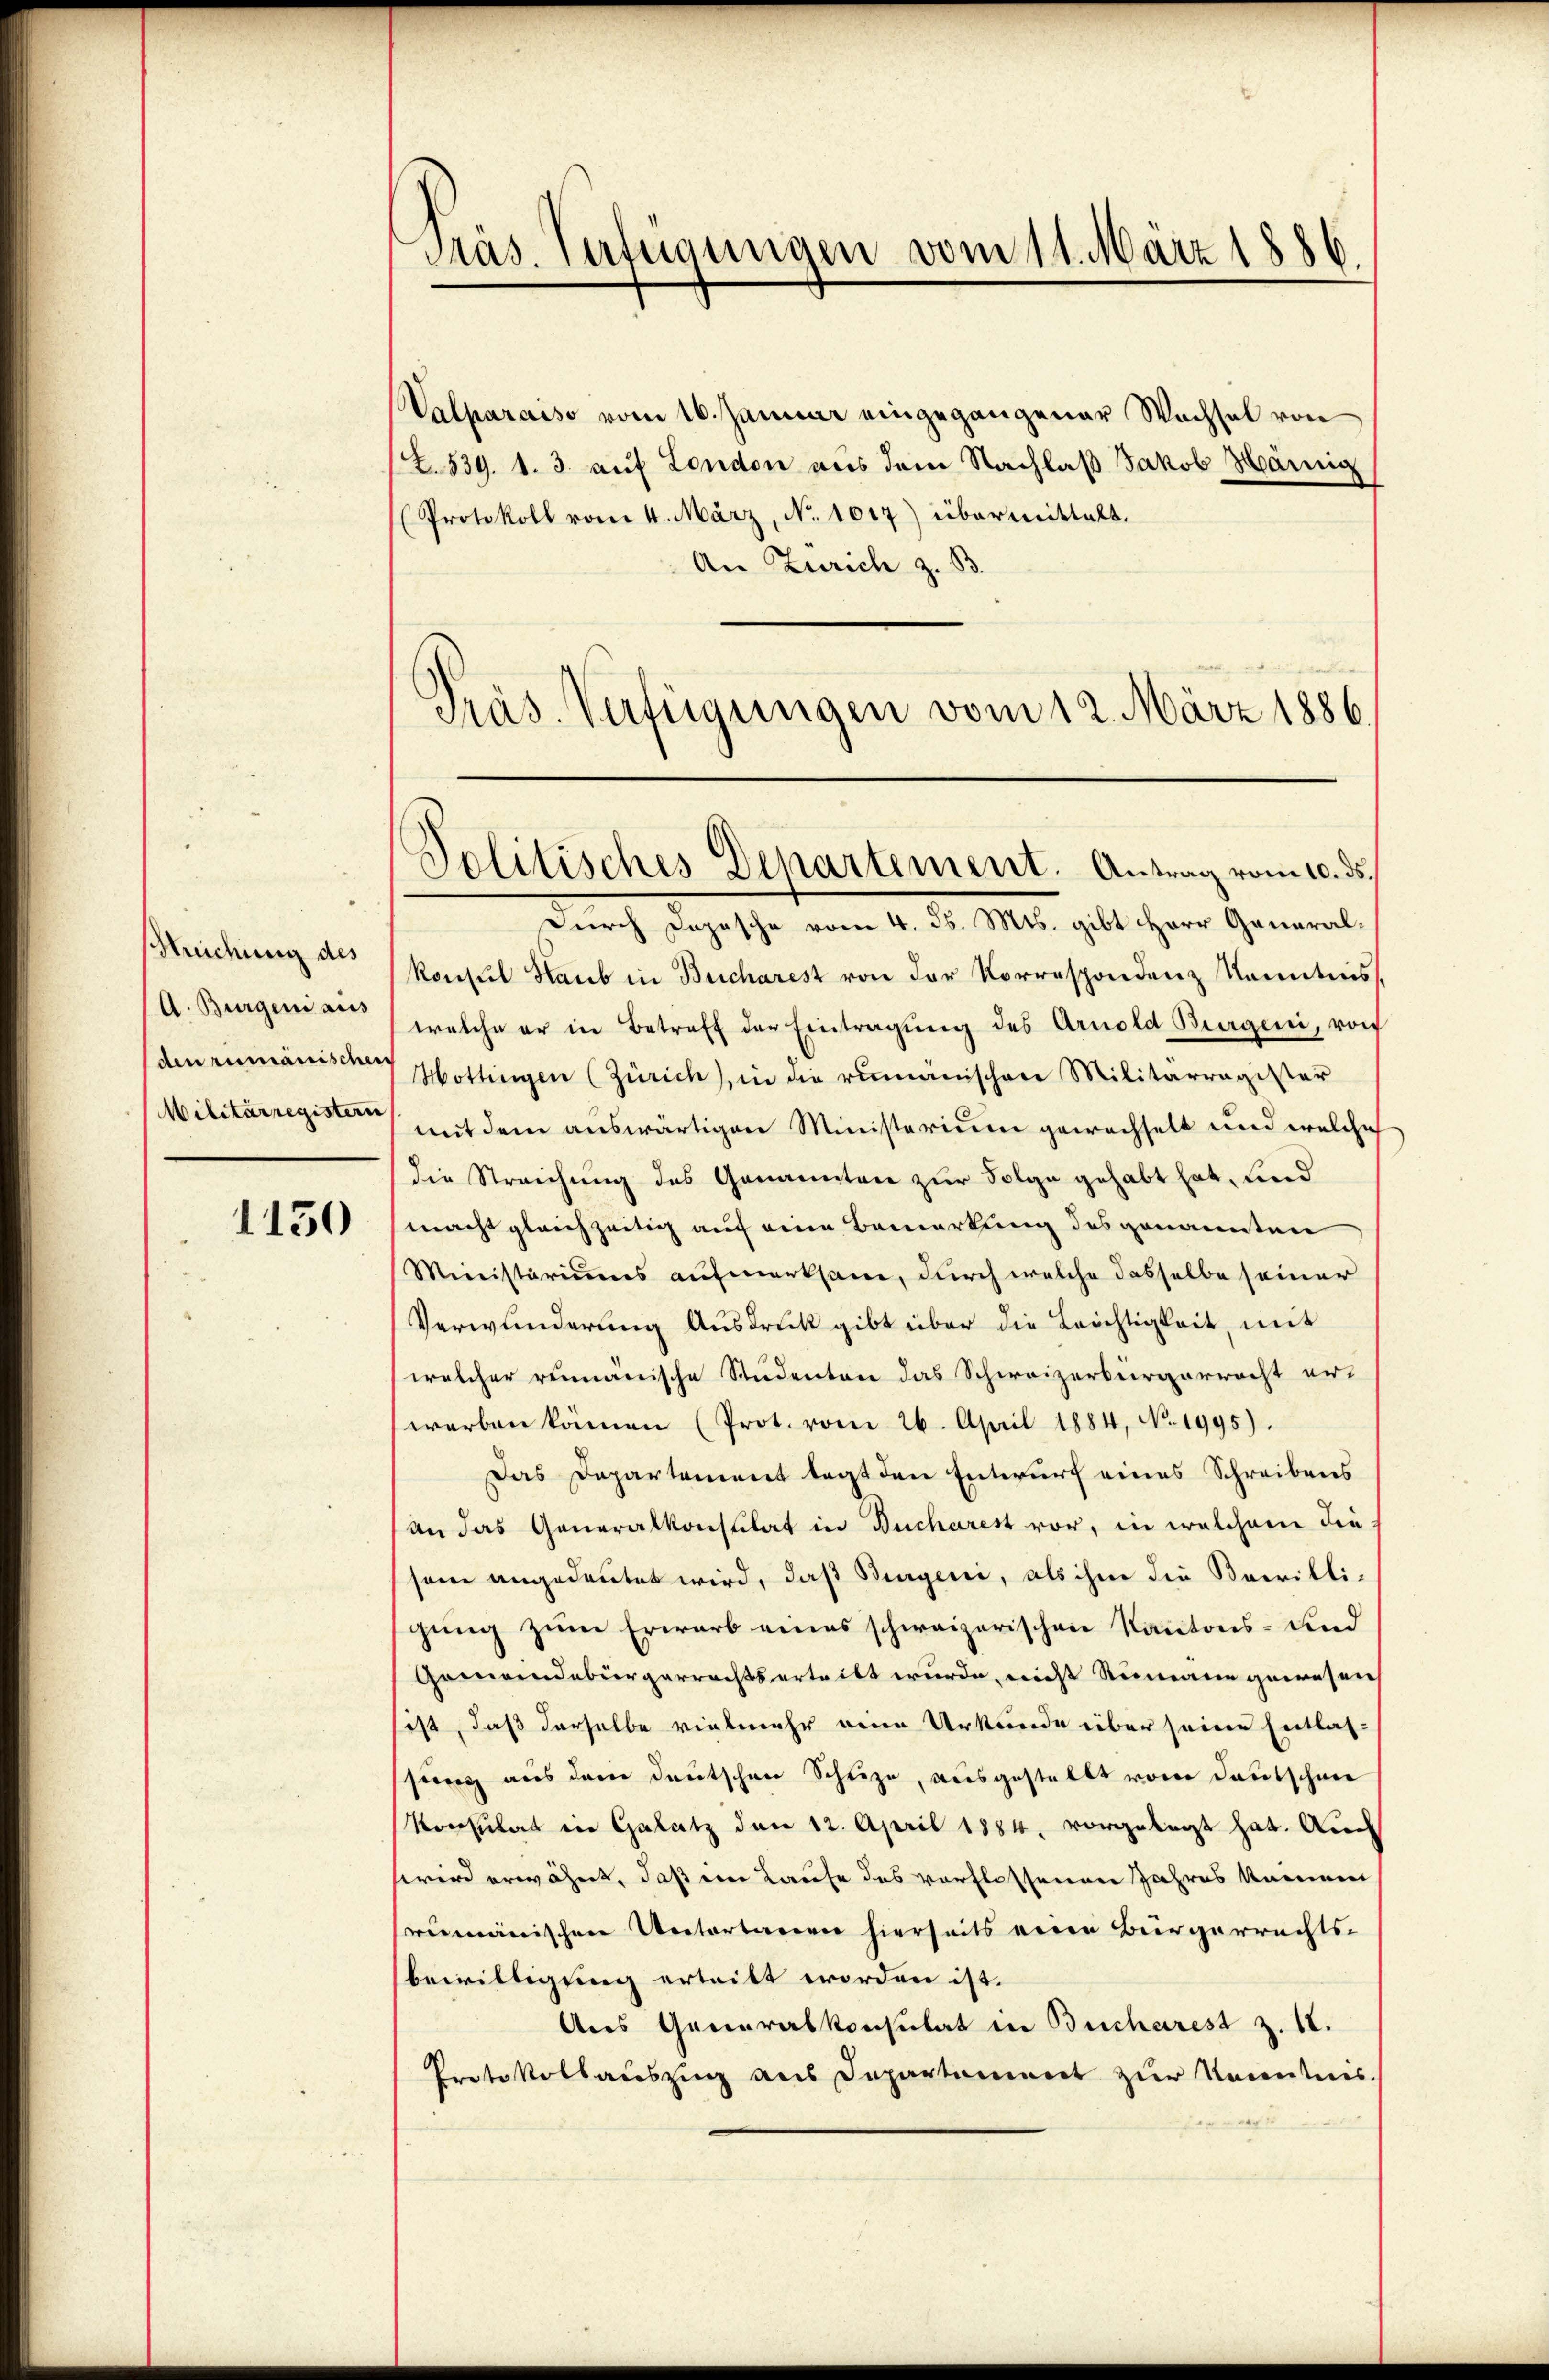
Streichung des
A. Burgeni aus
(den rumänischer
Militärregistern

1150

Präs. Verfügungen vom 11. März 1886.

Valparaiso vom 16. Januar eingegangener Wachsel von
(Z. 539. 1. 3. auf London aus dem Nachlaß Jakob Hämig
Protokoll vom 4. März, No. 1017) übermittalt.
An Zürich z. B.
Präs. Verfügungen vom 12. März 1886.

Politisches Departement. Antrag vom 10. ds.

Durch Dopische vom 4. d. Mts. gibt Herr Generalkonsul Haub in Bucharest von der Korrespondenz Kenntnis
welche er in Betreff der Eintragung des Arnold Burgeri, von
Hottingen (Zürich, in die rumänischen Militarragister
mit dem auswärtigen Ministerium gewachselt und welche
die Streichung des Genannten zur Folge gehabt hat, und
macht gleichzeitig auf eine Bemerkung des genannten
Ministariums aufmerksam, durch welche dasselbe seiner
Verwunderung Ausdruck gibt über die Leichtigkeit, mit
welcher remanische Studenten das Schweizerbürgerrecht er-
werben können (Prot. vom 26. April 1884, No. 1995).
Das Departement legt den Entwurf eines Schreibens
an das Generalkonsulat in Bucharest vor, in welchem die
sem angedeutet wird, daß Burgeri, als ihm die Boerilligung zum Erwarb eines schweizerischen Kantons- und
Gemeindebürgerrechtsertritt wurde, nicht Rumann gewesen
fest, daß derselbe vielmehr eine Urkunde über seine Entlas-
sung aus dem deutschen Schleze, ausgestellt vom Deutschnee
Konsulat in Galatz den 12. April 1884, vorgelegt hat. Auch
wird erwähnt, daß im Laufe des verflossenen Jahres keinen
rumänischen Untertarerer hierseits eine Bürgerrechts-
bewilligung erteilt worden ist.
Aus Generalkonsulat in Bucharest z. 18.
Protokollauszug aus Departement zur Kenntnis.